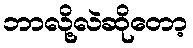
ဘာလို့လဲဆိုတော့